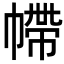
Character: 𢄩